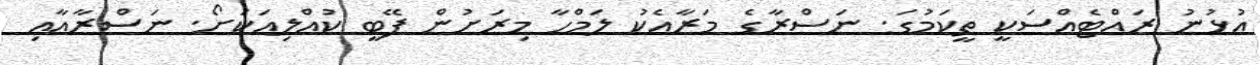
އުޅުނު ރައްޓެއްސަކީ ތީކަމުގަ. ނަސްރާގެ މަރާއެކު ލަމްހާ މިރަށުން ފޭބީ ކުއްލިއަކަށޯ. ނަސްރާއާއި